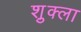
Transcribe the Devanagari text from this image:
श़ुक्ला